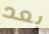
بعد